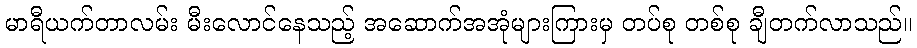
မာရီယက်တာလမ်း မီးလောင်နေသည့် အဆောက်အအုံများကြားမှ တပ်စု တစ်စု ချီတက်လာသည်။